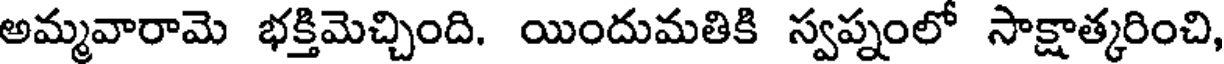
అమ్మవారామె భక్తిమెచ్చింది. యిందుమతికి స్వప్నంలో సాక్షాత్కరించి,